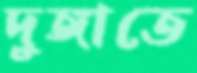
দুঙ্গাতে